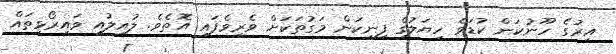
އިރުގެ ހޫނުކަން ކުޑަވެ ހިޔަލުގެ ފިނިކަން މަގުތަކަށް ވެރިވެފައި އޮތެވެ. ލުއިލުއި ވައިރޯޅިތައް